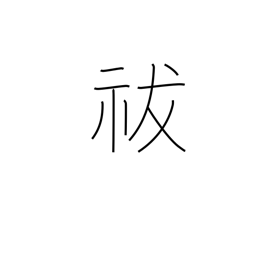
Meaning: exorcise